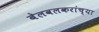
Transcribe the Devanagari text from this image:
बेलवलकरांच्या